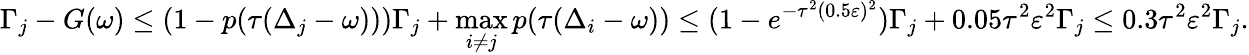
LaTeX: \Gamma_{j}-G(\omega)\leq(1-p(\tau(\Delta_{j}-\omega)))\Gamma_{j}+\operatorname*{max}_{i\neq j}p(\tau(\Delta_{i}-\omega))\leq(1-e^{-\tau^{2}(0.5\varepsilon)^{2}})\Gamma_{j}+0.05\tau^{2}\varepsilon^{2}\Gamma_{j}\leq 0.3\tau^{2}\varepsilon^{2}\Gamma_{j}.